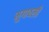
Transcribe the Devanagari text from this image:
मुगावली